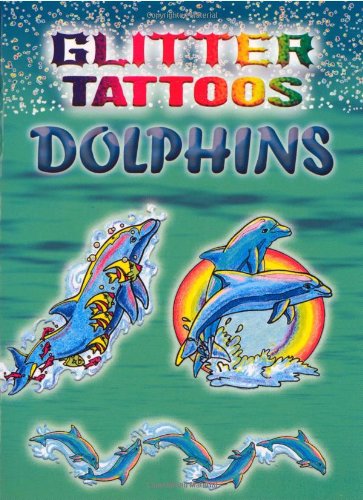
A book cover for Glitter Tattoos Dolphins (Dover Tattoos); Christy Shaffer; Arts & Photography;